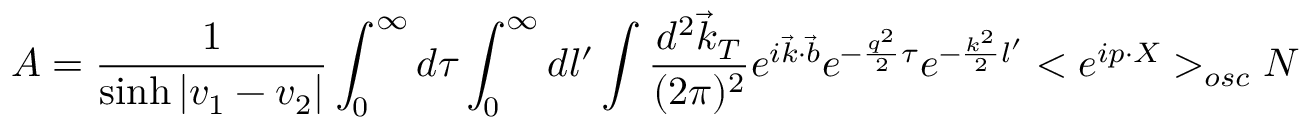
{ \cal A } = \frac 1 { \sinh | v _ { 1 } - v _ { 2 } | } \int _ { 0 } ^ { \infty } d \tau \int _ { 0 } ^ { \infty } d l ^ { \prime } \int \frac { d ^ { 2 } \vec { k } _ { T } } { ( 2 \pi ) ^ { 2 } } e ^ { i \vec { k } \cdot \vec { b } } e ^ { - \frac { q ^ { 2 } } 2 \tau } e ^ { - \frac { k ^ { 2 } } 2 l ^ { \prime } } < e ^ { i p \cdot X } > _ { o s c } { \cal N }